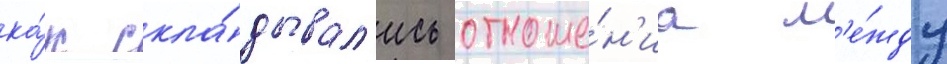
ка́к скла́дывал'ись отноше́н'иа м'е́жду